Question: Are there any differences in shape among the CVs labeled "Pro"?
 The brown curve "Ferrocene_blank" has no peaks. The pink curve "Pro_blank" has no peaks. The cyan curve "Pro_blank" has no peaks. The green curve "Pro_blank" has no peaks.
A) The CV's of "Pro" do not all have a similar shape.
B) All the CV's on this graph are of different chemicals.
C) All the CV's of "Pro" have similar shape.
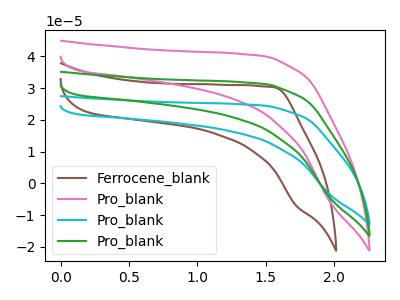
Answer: <think>Neither "Ferrocene_blank" or "Pro_blank" have any peaks. Neither "Ferrocene_blank" or "Pro_blank" have any peaks. Neither "Ferrocene_blank" or "Pro_blank" have any peaks. Neither "Pro_blank" or "Pro_blank" have any peaks. Neither "Pro_blank" or "Pro_blank" have any peaks. Neither "Pro_blank" or "Pro_blank" have any peaks.
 </think>
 <answer>C) All the CV's of "Pro" have similar shape.</answer>
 <eval>C</eval>